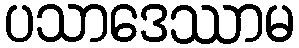
ပသာဒေဿာမ